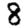
Digit: 8